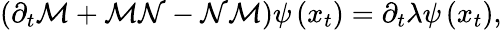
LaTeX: \begin{array}{r}{\left(\partial_{t}\mathcal{M}+\mathcal{M}\mathcal{N}-\mathcal{N}\mathcal{M}\right)\psi\left(x_{t}\right)=\partial_{t}\lambda\psi\left(x_{t}\right),}\end{array}